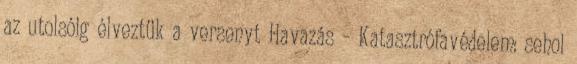
az utolsóig élveztük a versenyt Havazás – Katasztrófavédelem: sehol